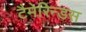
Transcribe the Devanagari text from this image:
टैमेरिन्डस